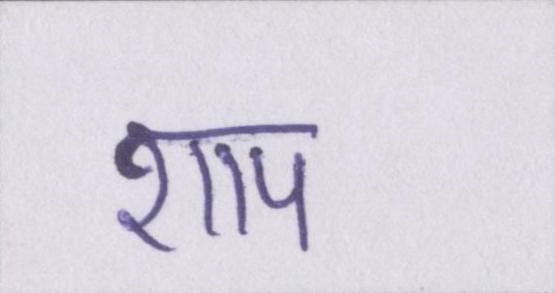
शाप